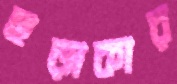
ছড়াকার